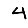
Digit: 4